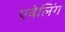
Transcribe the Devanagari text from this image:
एबेलिंग